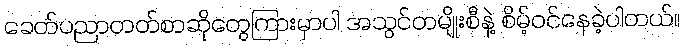
ခေတ်ပညာတတ်စာဆိုတွေကြားမှာပါ အသွင်တမျိုးစီနဲ့ စိမ့်ဝင်နေခဲ့ပါတယ်။